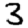
Digit: 3